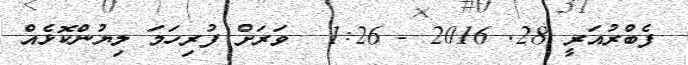
ފެބްރުއަރީ 28